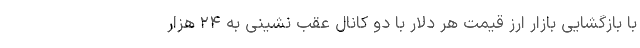
با بازگشایی بازار ارز قیمت هر دلار با دو کانال عقب نشینی به ۲۴ هزار